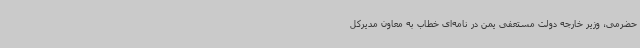
حضرمی، وزیر خارجه دولت مستعفی یمن در نامه‌ای خطاب به معاون مدیرکل